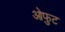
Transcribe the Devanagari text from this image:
ओफुट